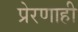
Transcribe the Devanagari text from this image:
प्रेरणाही